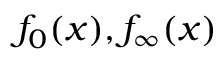
f _ { 0 } ( x ) , f _ { \infty } ( x )